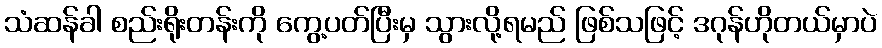
သံဆန်ခါ စည်းရိုးတန်းကို ကွေ့ပတ်ပြီးမှ သွားလို့ရမည် ဖြစ်သဖြင့် ဒဂုန်ဟိုတယ်မှာပဲ